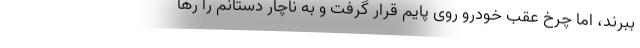
ببرند، اما چرخ عقب خودرو روی پایم قرار گرفت و به ناچار دستانم را رها